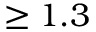
\geq 1 . 3